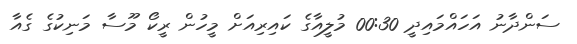
ސަންދާނު އަހައްމައިދީ 00:30 މުލީއާގެ ކައިރިއަށް މީހުން ރީކޯ މޫސާ މަނިކުގެ ގެއާ